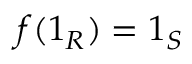
f ( 1 _ { R } ) = 1 _ { S }